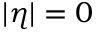
| \eta | = 0